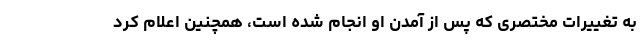
به تغییرات مختصری که پس از آمدن او انجام شده است، همچنین اعلام کرد